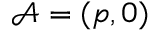
\mathcal { A } = ( p , 0 )